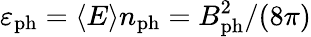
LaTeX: \varepsilon_{\mathrm{ph}}=\langle E\rangle n_{\mathrm{ph}}=B_{\mathrm{ph}}^{2}/(8\pi)